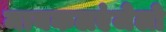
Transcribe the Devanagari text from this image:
मायकलएंजेलो